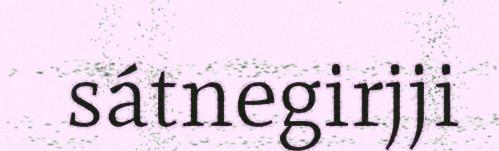
sátnegirjji